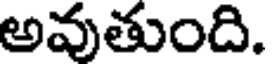
అవుతుంది.